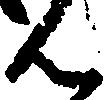
ん